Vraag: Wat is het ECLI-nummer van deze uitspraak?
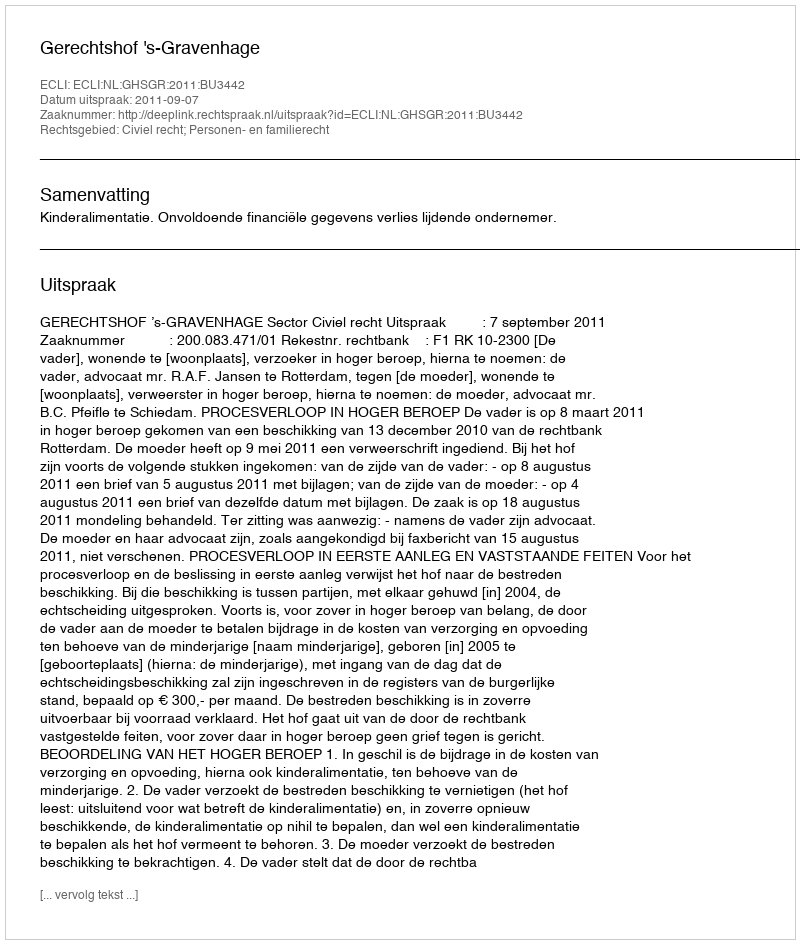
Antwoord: ECLI:NL:GHSGR:2011:BU3442